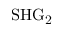
\mathrm { S H G _ { 2 } }